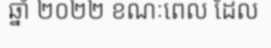
ឆ្នាំ ២០២២ ខណៈពេល ដែល